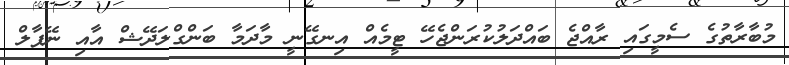
މުބާރާތުގެ ސެމީގައި ރާއްޖެ ބައްދަލުކުރަންޖެހޭ ޓީމެއް އިނގޭނީ މާދަމާ ބަންގްލަދޭޝް އާއި ނޭޕާލް